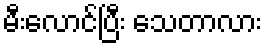
မီးလောင်ပြီး သေတာလား